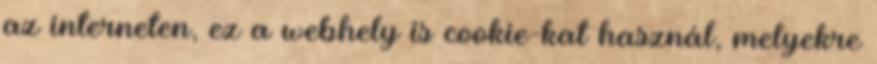
az interneten, ez a webhely is cookie-kat használ, melyekre